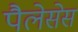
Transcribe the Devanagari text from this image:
पैलेसेस